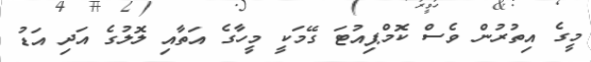
މީގެ އިތުރުން ވެސް ކޮމްޕިއުޓަ ގޭމަކީ މީހާގެ އަތާއި ލޮލުގެ އަދި އަޑު